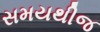
સમયથીજ